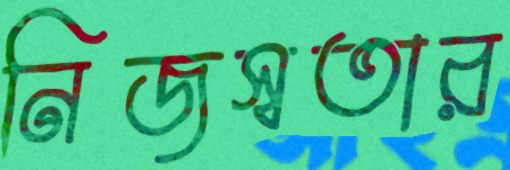
নিজস্বতার